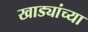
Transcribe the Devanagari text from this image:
खाड्यांच्या